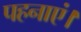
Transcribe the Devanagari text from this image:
पहनाएं।